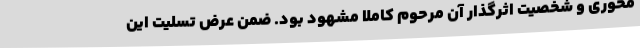
محوری و شخصیت اثرگذار آن مرحوم کاملا مشهود بود. ضمن عرض تسلیت این